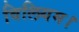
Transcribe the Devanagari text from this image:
विलियम।